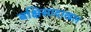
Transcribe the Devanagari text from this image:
बक्षिसादाखल